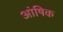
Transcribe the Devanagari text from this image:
आंषिक